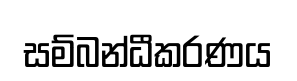
සම්බන්ධීකරණය